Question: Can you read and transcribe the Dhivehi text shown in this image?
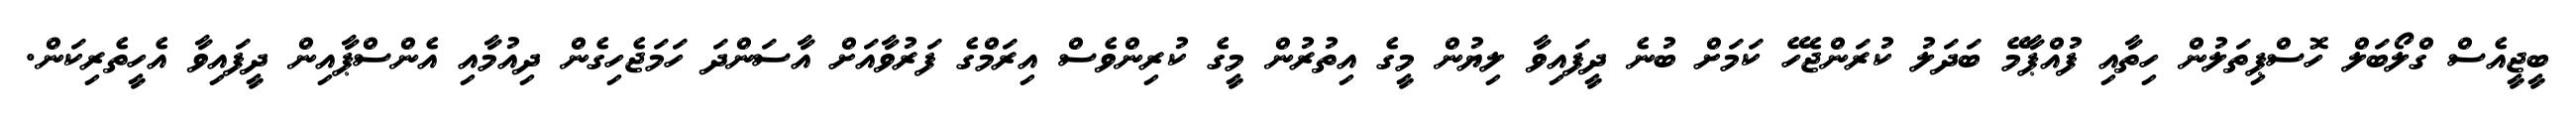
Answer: ބީޖީއެސް ގްލޯބަލް ހޮސްޕިތަލުން ހިތާއި ފުއްޕާމޭ ބަދަލު ކުރަންޖެހޭ ކަމަށް ބުނެ ދީފައިވާ ލިޔުން މީގެ އިތުރުން މީގެ ކުރިންވެސް އިރަމްގެ ފަރުވާއަށް އާސަންދަ ހަމަޖެހިގެން ދިއުމާއި އެންސްޕާއިން ދީފައިވާ އެހީތެރިކަން.